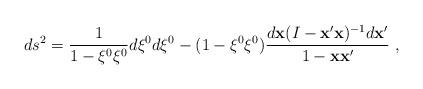
\begin{align*} ds^2=\frac{1}{1-\xi^0\xi^0}d\xi^0d\xi^0-(1-\xi^0\xi^0) \frac{d{\bf x}(I-{\bf x}^{\prime}{\bf x})^{-1}d{\bf x}^{\prime}} {1-{\bf x}{\bf x}^{\prime}}~,\end{align*}